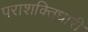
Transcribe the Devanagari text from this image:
पराशक्तिधारी